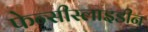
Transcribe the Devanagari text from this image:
फेन्सीस्लाइडीन